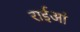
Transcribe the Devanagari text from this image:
राईआं